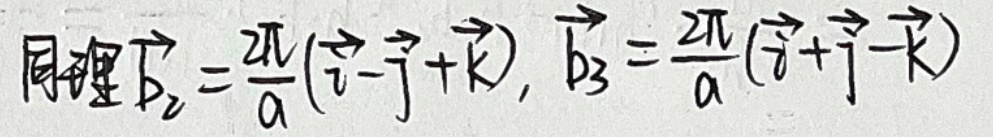
同理\(\vec{b_2}=\frac{2\pi}{a}(\vec{i}-\vec{j}+\vec{k})\)，\(\vec{b_3}=\frac{2\pi}{a}(\vec{i}+\vec{j}-\vec{k})\)